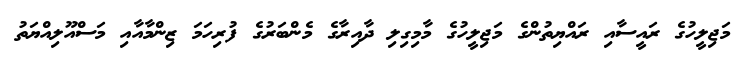
މަޖިލީހުގެ ރައީސާއި ރައްޔިތުންގެ މަޖިލީހުގެ މާމިގިލި ދާއިރާގެ މެންބަރުގެ ފުރިހަމަ ޒިންމާއާއި މަސްއޫލިއްޔަތު